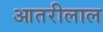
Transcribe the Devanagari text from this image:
आतरीलाल